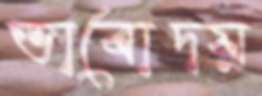
ভাবোদয়